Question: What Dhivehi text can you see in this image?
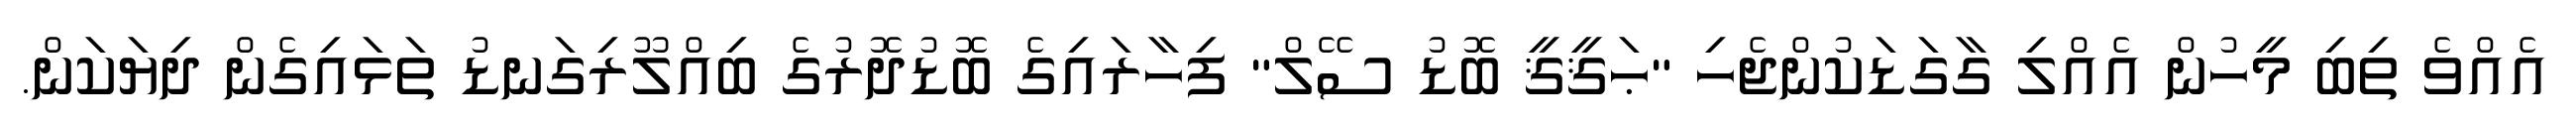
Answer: އެއްވެ ތިބި މީހުން އެއްލި ގާގަޑަކުންޖެހި "ޙަޤީޤީ ބޮޑު ސޭލް" ފިހާރައިގެ ބޮޑުދޮރުގެ ބިއްލޫރިގަނޑު ތަޅައިގެން ދިޔަކަން.